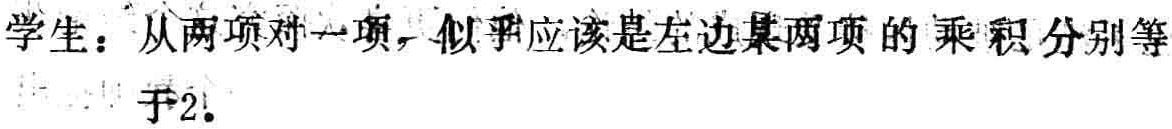
学生：从两项对一项，似乎应该是左边某两项的乘积分别等于2.